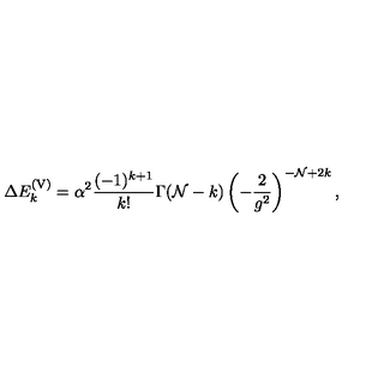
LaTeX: \Delta E _ { k } ^ { \mathrm { ( V ) } } = \alpha ^ { 2 } { \frac { ( - 1 ) ^ { k + 1 } } { k ! } } \Gamma ( { \cal N } - k ) \left( - { \frac { 2 } { g ^ { 2 } } } \right) ^ { - { \cal N } + 2 k } ,